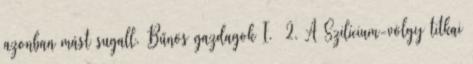
azonban mást sugall. Bűnös gazdagok I. 2. A Szilícium-völgy titkai